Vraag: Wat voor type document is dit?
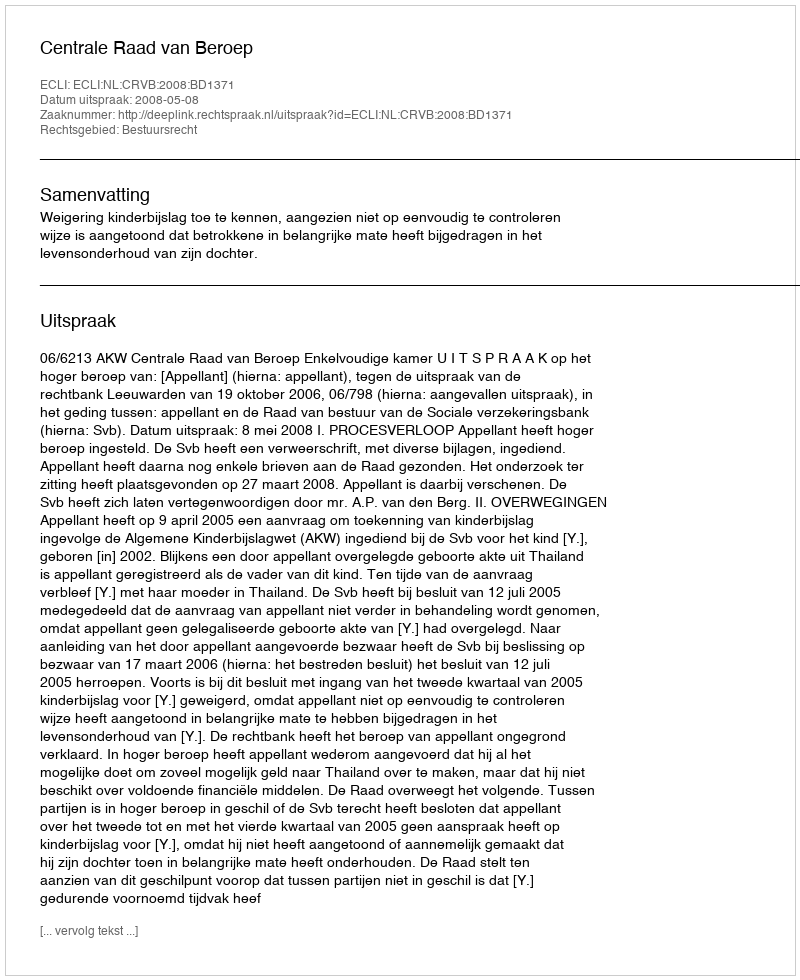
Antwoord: Uitspraak